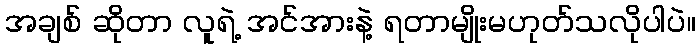
အချစ် ဆိုတာ လူရဲ့ အင်အားနဲ့ ရတာမျိုးမဟုတ်သလိုပါပဲ။